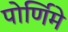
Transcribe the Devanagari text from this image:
पोर्णिमे